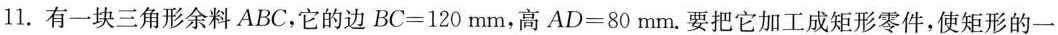
11.有一块三角形余料ABC，它的边$$B C = 1 2 0 m m$$，高$$A D = 8 0 m m$$。要把它加工成矩形零件，使矩形的一